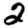
Digit: 2